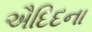
ઐદિદના